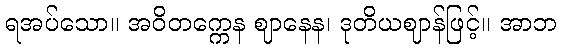
ရအပ်သော။ အဝိတက္ကေန ဈာနေန၊ ဒုတိယဈာန်ဖြင့်။ အာဘ